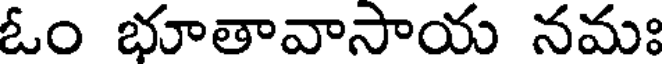
ఓం భూతావాసాయ నమః